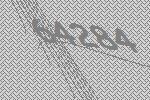
64284